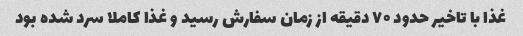
غذا با تاخیر حدود ۷۰ دقیقه از زمان سفارش رسید و غذا کاملا سرد شده بود